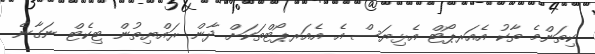
ކިތަންމެ ތާކު އެއަރޕޯޓް އެޅިޔަސް އެ އެއަރޕޯޓްތަކަށް ދާން ރައްޔިތުން ޓިކެޓް ނަގާނެ